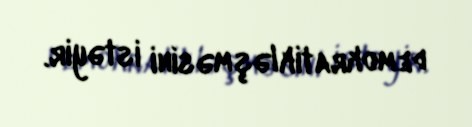
demokratikləşməsini istəyir.